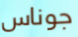
جوناس